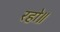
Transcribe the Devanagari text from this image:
रहो॥